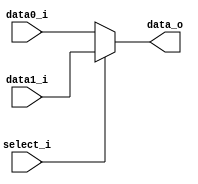
//Subject:     CO project 2 - MUX 221
//--------------------------------------------------------------------------------
//Version:     1
//--------------------------------------------------------------------------------
//Writer:    0511105       
//----------------------------------------------
//----------------------------------------------
//Description: 
//--------------------------------------------------------------------------------
     
module MUX_2to1(
               data0_i,
               data1_i,
               select_i,
               data_o
               );

parameter size = 0;			   
			
//I/O ports               
input   [size-1:0] data0_i;          
input   [size-1:0] data1_i;
input              select_i;
output  [size-1:0] data_o; 

//Internal Signals
//reg     [size-1:0] data_o;
//reg     [size-1:0] data_o;

//Main function
assign data_o = (select_i == 0) ? data0_i : data1_i;

endmodule